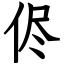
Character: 侭